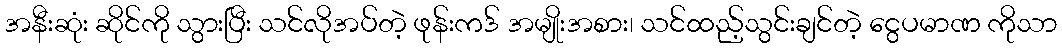
အနီးဆုံး ဆိုင်ကို သွားပြီး သင်လိုအပ်တဲ့ ဖုန်းကဒ် အမျိုးအစား၊ သင်ထည့်သွင်းချင်တဲ့ ငွေပမာဏ ကိုသာ